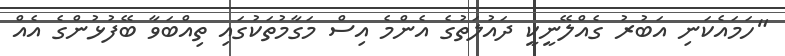
"ހަމައެކަނި އަބުރު ގެއްލޭނީކީ ދައުލަތުގެ އެންމެ އިސް މަގާމުތަކުގައި ތިއްބަވާ ބޭފުޅުންގެ އެއް